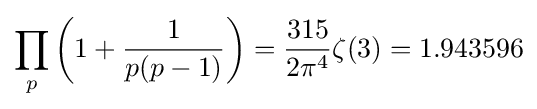
\prod _{p}\left(1+{\frac {1}{p(p-1)}}\right)={\frac {315}{2\pi ^{4}}}\zeta (3)=1.943596